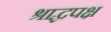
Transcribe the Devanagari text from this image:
श्राद्धपक्ष